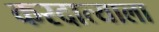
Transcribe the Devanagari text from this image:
करदात्याला